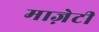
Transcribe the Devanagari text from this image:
माज़ेटी